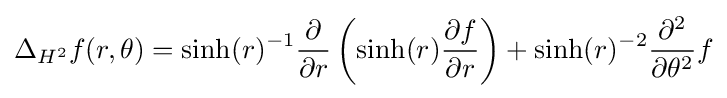
\Delta _{H^{2}}f(r,\theta )=\sinh(r)^{-1}{\frac {\partial }{\partial r}}\left(\sinh(r){\frac {\partial f}{\partial r}}\right)+\sinh(r)^{-2}{\frac {\partial ^{2}}{\partial \theta ^{2}}}f